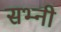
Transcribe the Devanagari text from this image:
सभ्नी